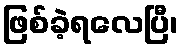
ဖြစ်ခဲ့ရလေပြီ၊